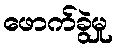
ဖောက်ခွဲမှု